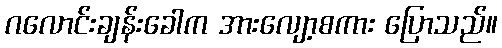
ဂလောင်းချန်းခေါက အားလျော့စကား ပြောသည်။